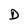
Character: D